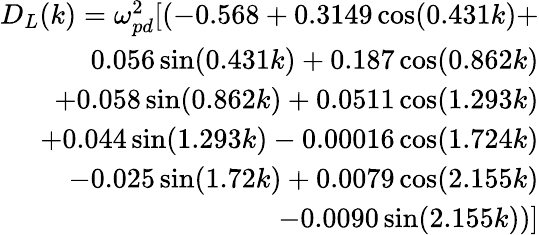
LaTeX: \begin{array}{r}{D_{L}(k)=\omega_{pd}^{2}[(-0.568+0.3149\cos(0.431k)+}\\ {0.056\sin(0.431k)+0.187\cos(0.862k)}\\ {+0.058\sin(0.862k)+0.0511\cos(1.293k)}\\ {+0.044\sin(1.293k)-0.00016\cos(1.724k)}\\ {-0.025\sin(1.72k)+0.0079\cos(2.155k)}\\ {-0.0090\sin(2.155k))]}\end{array}